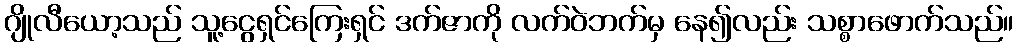
ဂျိုလီယော့သည် သူ့ငွေရှင်ကြေးရှင် ဒက်ဇာကို လက်ဝဲဘက်မှ နေ၍လည်း သစ္စာဖောက်သည်။